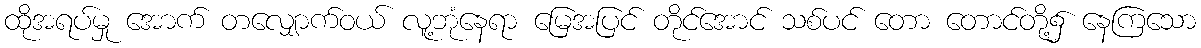
ထိုအရပ်မှု အောက် တလျှောက်ဝယ် လူ့ဘုံနေရာ မြေအပြင် တိုင်အောင် သစ်ပင် တော တောင်တို့၌ နေကြသော